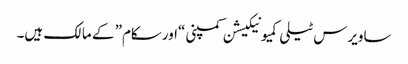
ساویرس ٹیلی کمیونیکیشن کمپنی “اورسکام” کے مالک ہیں۔